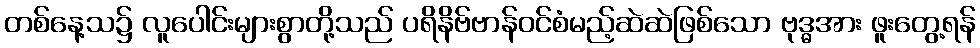
တစ်နေ့သ၌ လူပေါင်းများစွာတို့သည် ပရိနိဗ်ဗာန်ဝင်စံမည့်ဆဲဆဲဖြစ်သော ဗုဒ္ဓအား ဖူးတွေ့ရန်